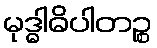
မုဒ္ဓါဓိပါတဉ္စ